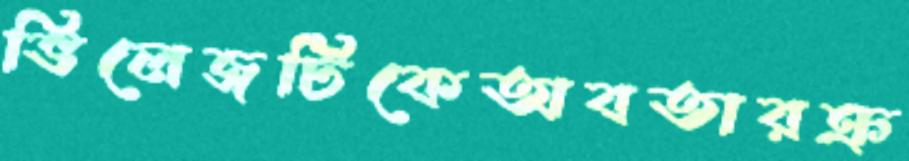
ভিলেজটিকেঅবতারক্র